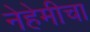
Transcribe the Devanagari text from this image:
नेहेमीचा